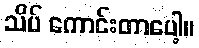
သိပ် ကောင်းတာပေါ့။